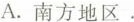
A.南方地区。